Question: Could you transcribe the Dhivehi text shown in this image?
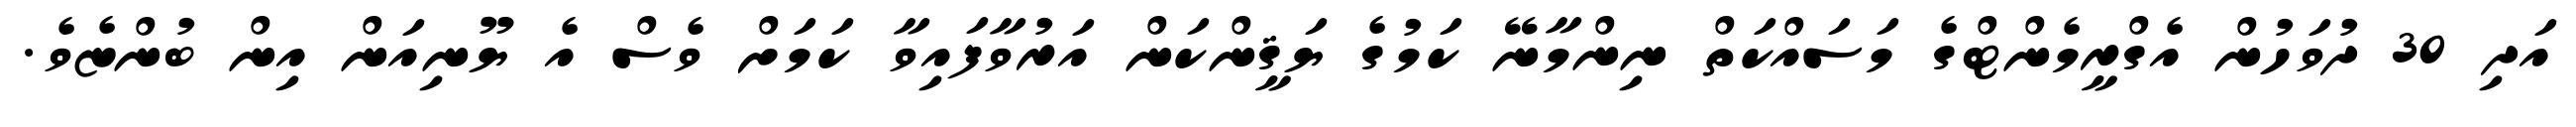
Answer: އަދި 30 ދުވަހުން އެގްރީމެންޓްގެ މަސައްކަތް ނިންމާނޭ ކަމުގެ ޔަޤީންކަން އަރުވާފައިވާ ކަމަށް ވެސް އެ ޔޫނިއަން އިން ބުންޏެވެ.